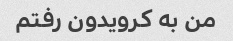
من به کرویدون رفتم